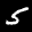
Label: 5